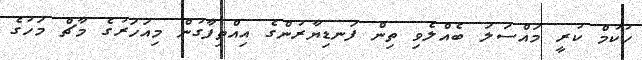
ހުކުމް ކުރީ މައްސަލަ ބެއްލެވި ތިން ފަނޑިޔާރުންގެ އިއްތިފާގުން މިއަހަރުގެ މާޗް މަހުގެ